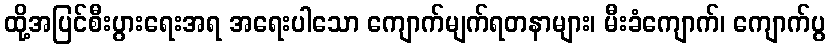
ထို့အပြင်စီးပွားရေးအရ အရေးပါသော ကျောက်မျက်ရတနာများ၊ မီးခံကျောက်၊ ကျောက်ပွ